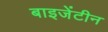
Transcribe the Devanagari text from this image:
बाइजेंटीन